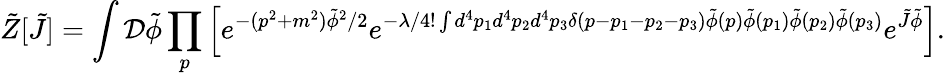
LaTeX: {\tilde{Z}}[{\tilde{J}}]=\int{\mathcal{D}}{\tilde{\phi}}\prod_{p}\left[e^{-(p^{2}+m^{2}){\tilde{\phi}}^{2}/2}e^{-\lambda/4!\int d^{4}p_{1}d^{4}p_{2}d^{4}p_{3}\delta(p-p_{1}-p_{2}-p_{3}){\tilde{\phi}}(p){\tilde{\phi}}(p_{1}){\tilde{\phi}}(p_{2}){\tilde{\phi}}(p_{3})}e^{{\tilde{J}}{\tilde{\phi}}}\right].